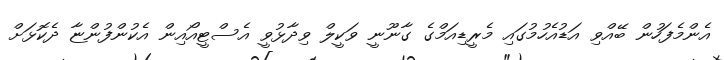
އެންމެފަހުން ބޭއްވި އަޑުއެހުމުގައި މެރީޑިއަމްގެ ގާނޫނީ ވަކީލް ވިދާޅުވީ އެސްޓީއޯއިން އެކުންފުންޏާ ދެކޮޅަށް